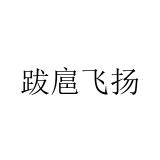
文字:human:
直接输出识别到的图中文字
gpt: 跋扈飞扬